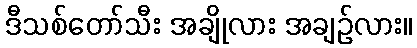
ဒီသစ်တော်သီး အချိုလား အချဉ်လား။